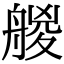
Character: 艐